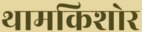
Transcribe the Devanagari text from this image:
थामकिशोर